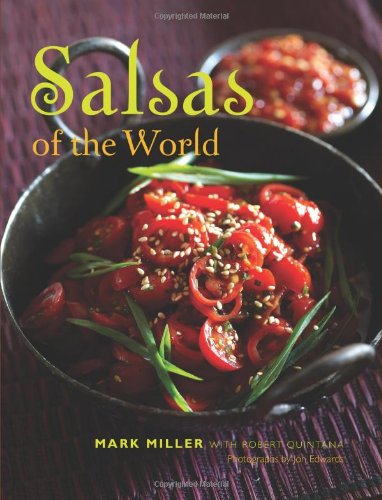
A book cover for Salsas of the World; Mark Miller; Cookbooks, Food & Wine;